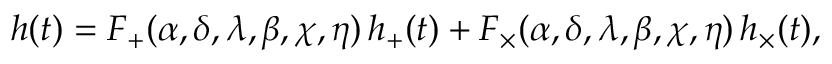
h ( t ) = F _ { + } ( \alpha , \delta , \lambda , \beta , \chi , \eta ) \, h _ { + } ( t ) + F _ { \times } ( \alpha , \delta , \lambda , \beta , \chi , \eta ) \, h _ { \times } ( t ) ,